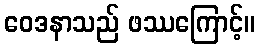
ဝေဒနာသည် ဖဿကြောင့်။